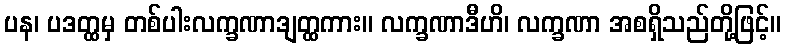
ပန၊ ပဒတ္ထမှ တစ်ပါးလက္ခဏာဒျတ္ထကား။ လက္ခဏာဒီဟိ၊ လက္ခဏာ အစရှိသည်တို့ဖြင့်။